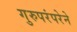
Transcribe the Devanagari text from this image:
गुरुपरंपरेने